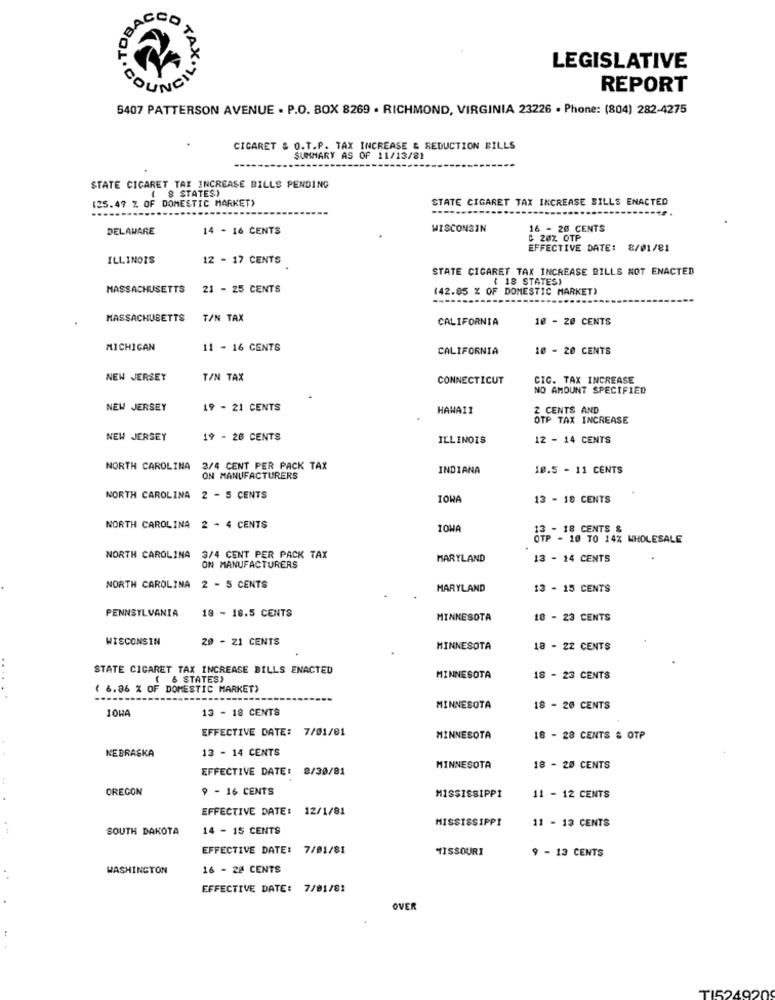
SACCO
LEGISLATIVE
COUNCI
TAX. 710
REPORT
6407 PATTERSON AVENUE . P.O. BOX 8269 . RICHMOND, VIRGINIA 23226 · Phone: (804) 282-4275
CIGARET & O.T.P. TAX INCREASE & REDUCTION BILLS
SUMMARY AS OF 11/13/81
STATE CICARET TAX INCREASE BILLS PENDING
( 8 STATES)
STATE CIGARET TAX INCREASE BILLS ENACTED
(25.47 % OF DOMESTIC MARKET)
-----
DELAWARE
14 - 16 CENTS
WISCONSIN
16 - 20 CENTS
C 20% OTP
EFFECTIVE DATE: 8/01/81
ILLINOIS
12 - 17 CENTS
STATE CIGARET TAX INCREASE BILLS NOT ENACTED
( 18 STATES)
MASSACHUSETTS
21 - 25 CENTS
(42.85 % OF DOMESTIC MARKET)
-------
MASSACHUSETTS
T/N TAX
CALIFORNIA
10 - 20 CENTS
MICHIGAN
11 - 16 CENTS
CALIFORNIA
10 - 20 CENTS
NEW JERSEY
T/N TAX
CONNECTICUT
CIG. TAX INCREASE
NO AMOUNT SPECIFIED
NEW JERSEY
19 - 21 CENTS
HAWAII
2 CENTS AND
OTP TAX INCREASE
NEW JERSEY
19 - 20 CENTS
ILLINOIS
12 - 14 CENTS
NORTH CAROLINA
3/4 CENT PER PACK TAX
INDIANA
10.5 - 11 CENTS
ON MANUFACTURERS
NORTH CAROLINA 2 - 5 CENTS
IOWA
13 - 18 CENTS
NORTH CAROLINA
2 . 4 CENTS
IOWA
13 - 18 CENTS &
OTP - 10 TO 14% WHOLESALE
NORTH CAROLINA
3/4 CENT PER PACK TAX
MARYLAND
13 - 14 CENTS
ON MANUFACTURERS
NORTH CAROLINA 2 - 5 CENTS
MARYLAND
13 - 15 CENTS
18 - 18.5 CENTS
PENNSYLVANIA
MINNESOTA
18 - 23 CENTS
WISCONSIN
20 - 21 CENTS
MINNESOTA
18 - 22 CENTS
STATE CIGARET TAX INCREASE BILLS ENACTED
6 STATES)
MINNESOTA
18 - 23 CENTS
( 6.86 % OF DOMESTIC MARKET)
13 - 18 CENTS
MINNESOTA
18 - 20 CENTS
10HA
EFFECTIVE DATE: 7/01/01
MINNESOTA
18 - 28 CENTS & OTP
13 - 14 CENTS
NEBRASKA
EFFECTIVE DATE: 8/30/81
MINNESOTA
18 - 20 CENTS
OREGON
9 - 16 CENTS
MISSISSIPPI
11 - 12 CENTS
EFFECTIVE DATE: 12/1/81
MISSISSIPPI
SOUTH DAKOTA
14 - 15 CENTS
11 - 13 CENTS
EFFECTIVE DATE: 7/01/81
MISSOURI
9 - 13 CENTS
WASHINGTON
16 - 20 CENTS
EFFECTIVE DATE: 7/01/81
OVER
TI524920